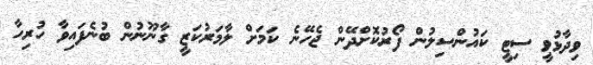
ވިދާޅުވީ ސިޓީ ކައުންސިލުން ފޯރުކޮށްދޭން ޖެހޭނެ ކަމަށް ލާމަރުކަޒީ ގާނޫނުން ބުނެފައިވާ ހުރިހާ